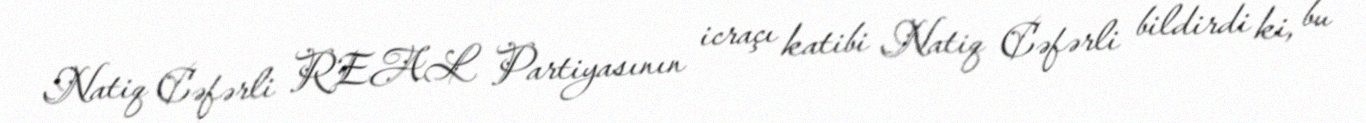
Natiq Cəfərli REAL Partiyasının icraçı katibi Natiq Cəfərli bildirdi ki, bu